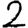
Digit: 2